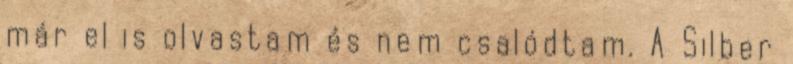
már el is olvastam és nem csalódtam. A Silber